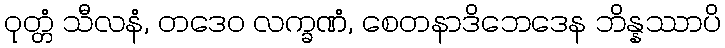
ဝုတ္တံ သီလနံ, တဒေဝ လက္ခဏံ, စေတနာဒိဘေဒေန ဘိန္နဿာပိ